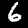
Digit: 6